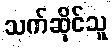
သက်ဆိုင်သူ